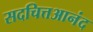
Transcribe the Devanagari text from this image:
सदचित्तआनंद